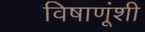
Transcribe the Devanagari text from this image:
विषाणूंशी